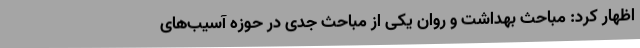
اظهار کرد: مباحث بهداشت و روان یکی از مباحث جدی در حوزه آسیب‌های